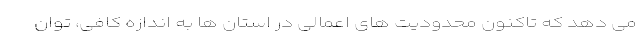
می دهد که تاکنون محدودیت های اعمالی در استان ها به اندازه کافی، توان